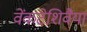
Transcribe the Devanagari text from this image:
वेंकटेशिवैया